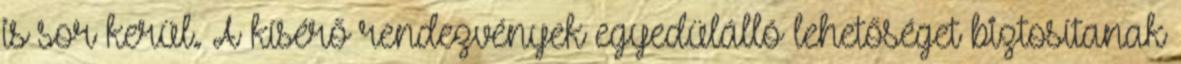
is sor kerül. A kísérő rendezvények egyedülálló lehetőséget biztosítanak